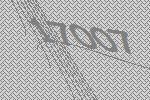
17007